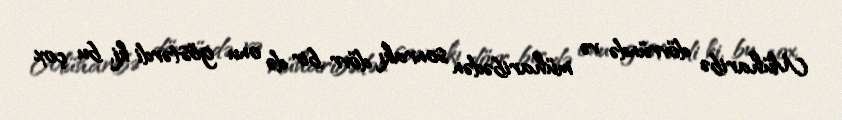
Müharibə dövründə və müharibədən sonrakı dövr bir də onu göstərdi ki, bu çox